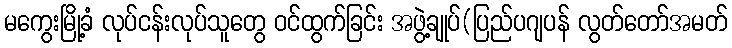
မကွေးမြို့ခံ လုပ်ငန်းလုပ်သူတွေ ဝင်ထွက်ခြင်း အဖွဲ့ချုပ်(ပြည်ပဂျပန် လွတ်တော်အမတ်